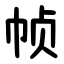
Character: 帧